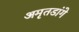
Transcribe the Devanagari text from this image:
अमृतडांगे